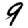
Digit: 9